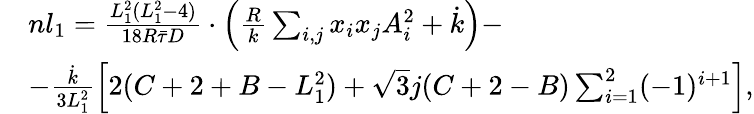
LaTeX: \begin{array}{rl}&{nl_{1}=\frac{L_{1}^{2}(L_{1}^{2}-4)}{18R\bar{\tau}D}\cdot\left(\frac{R}{k}\sum_{i,j}x_{i}x_{j}A_{i}^{2}+\dot{k}\right)-}\\ &{-\frac{\dot{k}}{3L_{1}^{2}}\left[2(C+2+B-L_{1}^{2})+\sqrt{3}j(C+2-B)\sum_{i=1}^{2}(-1)^{i+1}\right],}\end{array}